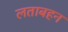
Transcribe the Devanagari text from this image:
लताबहन